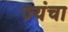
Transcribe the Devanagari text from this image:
ज्यंचा